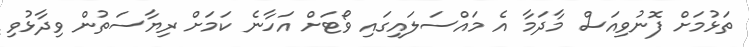
ތަޅުމަށް ފޮނުވިއަސް މާދަމާ އެ މައްސަލައިގައި ވޯޓަށް އަހާނެ ކަމަށް ރިޔާސަތުން ވިދާޅުވި